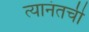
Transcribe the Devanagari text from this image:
त्यानंतची